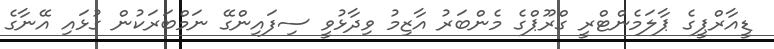
ޑީއާރްޕީގެ ޕާލަމެންޓްރީ ގްރޫޕްގެ މެންބަރު އާޒިމު ވިދާޅުވީ ސިފައިންގޭ ނަމްބަރަކުން ގުޅައި އޭނާގެ